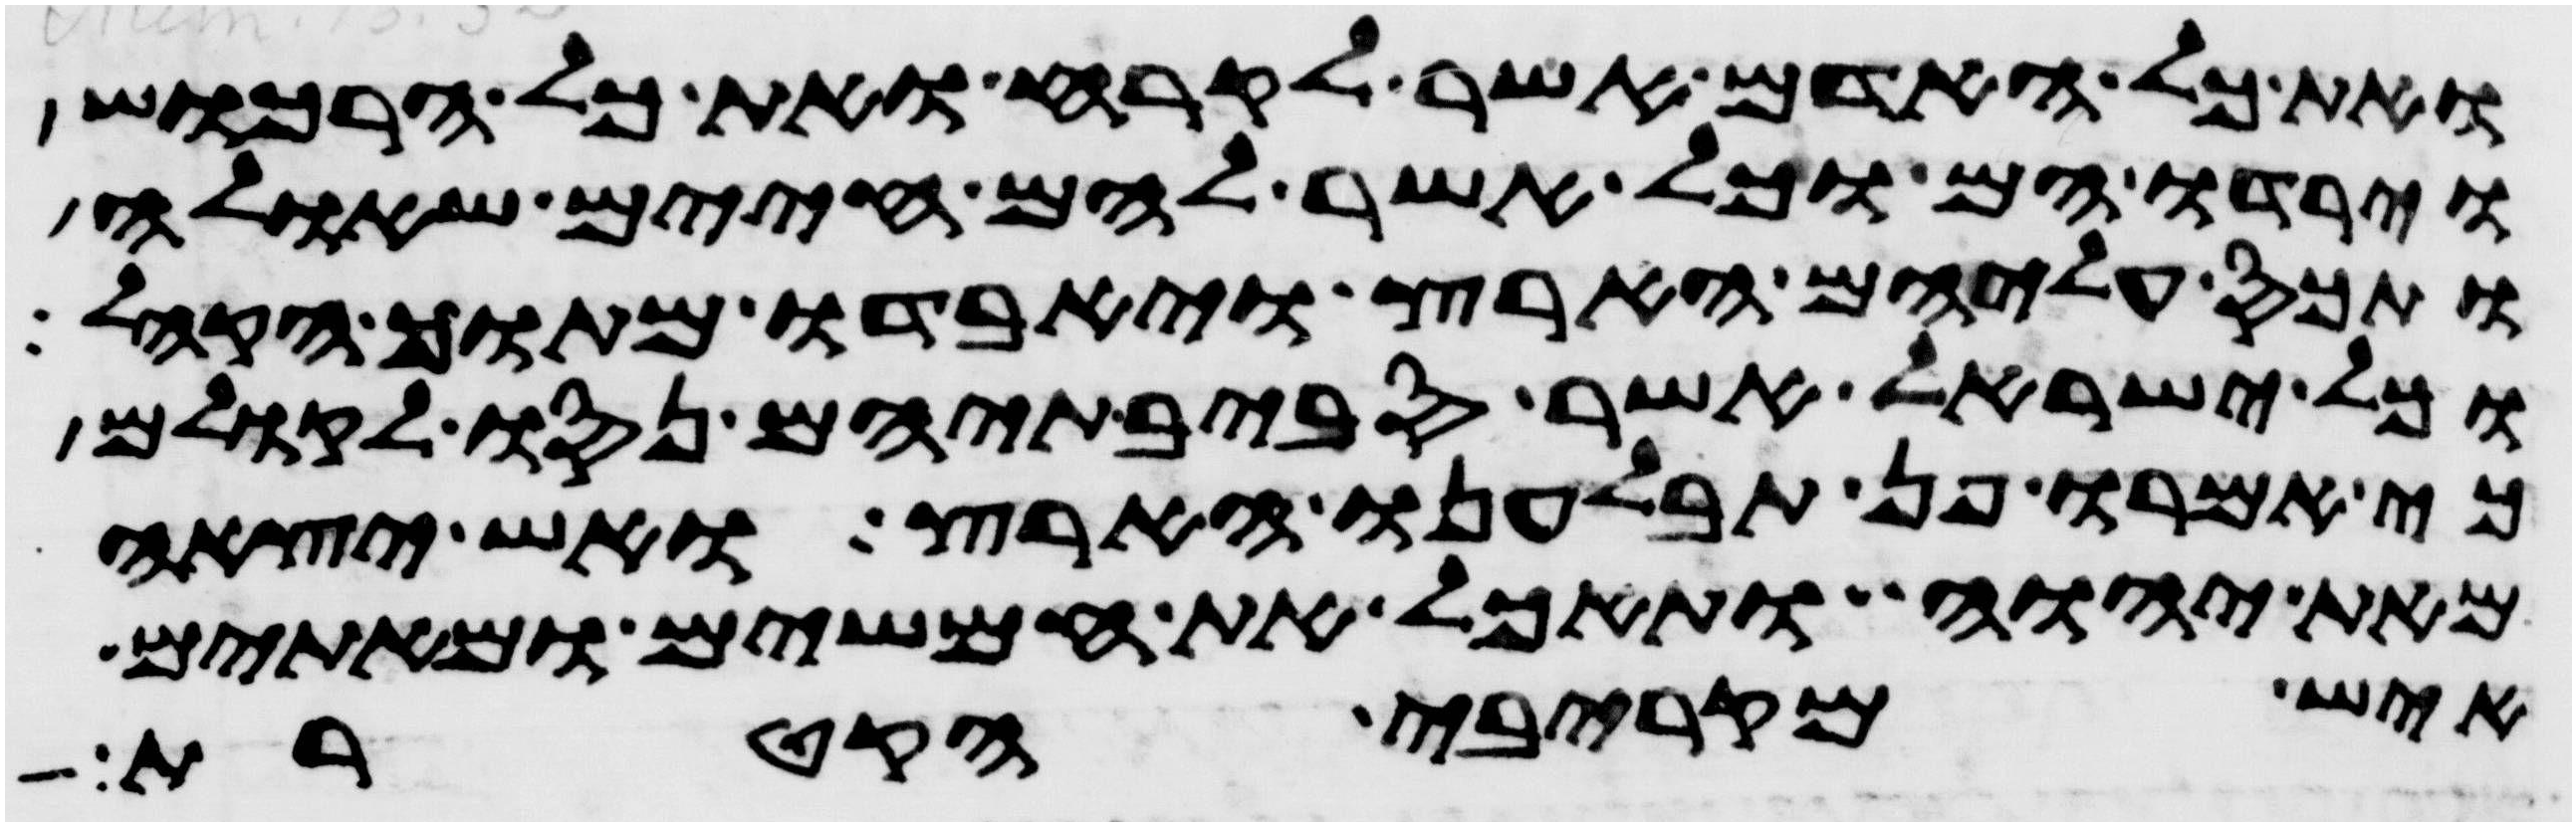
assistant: ואת כל האדם אשר לקרח ואת כל הרכוש
וירדו הם וכל אשר להם חיים שאלה
ותכס עליהם הארץ ויאבדו מתוך הקהל
וכל ישראל אשר סביבתיהם נסו לקולם
כי אמרו פן תבלענו הארץ ואש יצאה
מאת יהוה ותאכל את חמשים ומאתים
איש מקרבי הקטרת